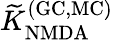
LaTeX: {\widetilde K}_{\mathrm{NMDA}}^{\mathrm{(GC,MC)}}